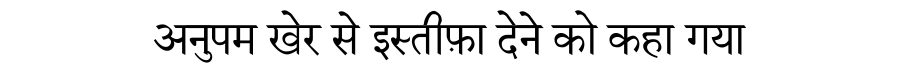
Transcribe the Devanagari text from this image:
अनुपम खेर से इस्तीफ़ा देने को कहा गया